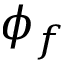
\phi _ { f }